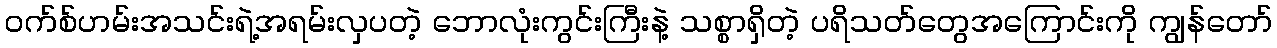
ဝက်စ်ဟမ်းအသင်းရဲ့အရမ်းလှပတဲ့ ဘောလုံးကွင်းကြီးနဲ့ သစ္စာရှိတဲ့ ပရိသတ်တွေအကြောင်းကို ကျွန်တော်